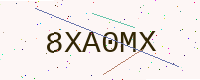
Text: 8XA0MX